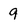
Character: 9